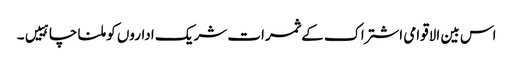
اس بین الاقوامی اشتراک کے ثمرات شریک اداروں کو ملنا چاہییں۔